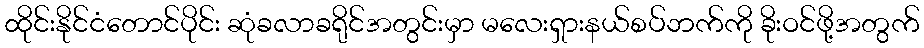
ထိုင်းနိုင်ငံတောင်ပိုင်း ဆုံခလာခရိုင်အတွင်းမှာ မလေးရှားနယ်စပ်ဘက်ကို ခိုးဝင်ဖို့အတွက်